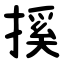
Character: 㨙